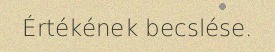
Értékének becslése.